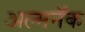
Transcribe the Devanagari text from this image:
अल्मनॅक